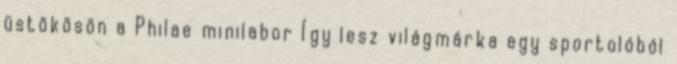
üstökösön a Philae minilabor Így lesz világmárka egy sportolóból